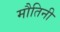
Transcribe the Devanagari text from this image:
मौतिनी